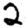
Digit: 2